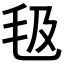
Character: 𣬬